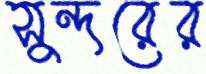
সুন্দরের